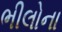
ભીલોના